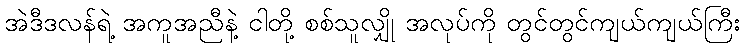
အဲဒီဒလန်ရဲ့ အကူအညီနဲ့ ငါတို့ စစ်သူလျှို အလုပ်ကို တွင်တွင်ကျယ်ကျယ်ကြီး